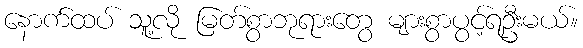
နောက်ထပ် သူ့လို မြတ်စွာဘုရားတွေ များစွာပွင့်ရဦးမယ်။